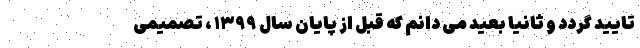
تایید گردد و ثانیا بعید می دانم که قبل از پایان سال ۱۳۹۹ ، تصمیمی